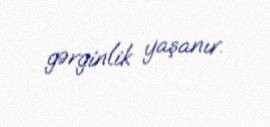
gərginlik yaşanır.